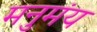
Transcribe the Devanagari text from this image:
मनुमंय